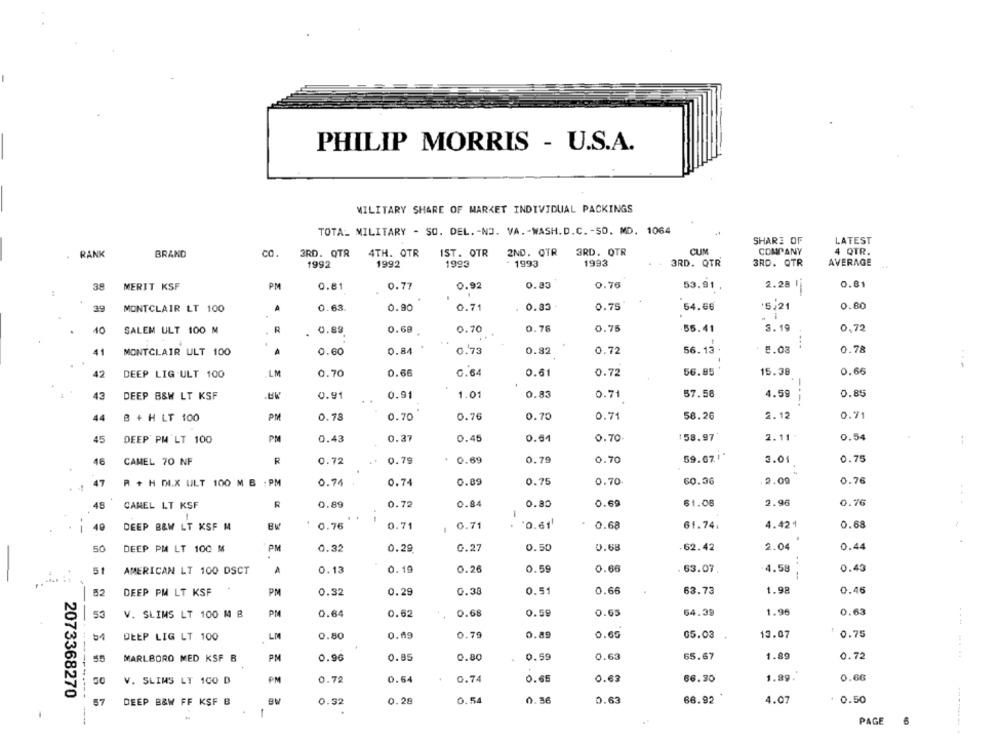
PHILIP MORRIS - U.S.A.
MILITARY SHARE OF MARKET INDIVIDUAL PACKINGS
TOTA_ MILITARY - SO. DEL. - NO. VA .- WASH.D.C. - SO. MD. 1064
SHARE OF
LATEST
3RD. QTR
4TH. OTR
IST. OTR
2ND. OTR
3RD. QTR
CUM
COMPANY
4 QTR.
RANK
BRAND
1992
1992
1993
1993
1993
3RD. QTR
3RD. QTR
AVERAGE
0.81
38
MERIT KSF
PM
0.81
0.77
0.92
0.83
0.76
53.91
2.28
0.80
39
MONTCLAIR LT 100
A
0.63
0.90
0.71
0.83
0.75
54.66
'5,21
3.19
10
SALEM ULT 100 M
R
. 0.83
0.60
0.70
0.76
0.75
55.41
0,72
0.78
41
MONTCLAIR ULT 100
0.60
0.84
0.73
0.82
0.72
56.13
5.03
42
LM
56.85
15.38
0.66
DEEP LIG ULT 100
0.70
0.66
0.64
0.61
0.72
42
1.01
57.56
0.85
DEEP B&W LT KSF
0.91
0.91
0.83
0.71
4.59
----
PM
0.76
0.70
0.71
58.26
2.12
0.71
14
B + H LT 100
0.78
0.70
45
PS
0.37
0.45
0.64
0.70
158.97
2.11
0.54
DEEP PM'LT 100
0.43
--
16
CAMEL 70 NF
R
0.72
0.79
0.69
0.79
0.70
59.67 **
3.01
0.75
R + H DLX ULT 100 M B : PM
0.74
0.74
0.89
0.75
0.70
60.36
.2.09
0.76
47
48
CANEL LT KSF
0.89
0.72
0.84
0.80
0.69
61.08
2.96
0.76
49
DEEP B&W LT KSF M
: 0.76
0.71
1 0.71
'0.61'
0.68
61.74.
4.421
0.68
50
DEEP PM LT 100 M
PM
0.32
0.29
0.27
0.50
0.68
.62.42
2.04
0.44
-
AMERICAN LT 100 DSCT
A
0.13
0.19
0.26
0.59
0.66
63.07.
4.58
0.49
DEEP PM LT KSF
PM
0.32
0.29
0.38
0.51
0.66
63.73
1.98
0.46
53
V. SLIMS LT 100 M B
PM
0.64
0.62
0.68
0.59
0.65
64.39
1.96
0.63
DEEP LIG LT 100
LM
0.80
0.69
0.79
0.89
0.65
05.03
13.07
0.75
55
MARLBORO MED KSF B
PM
0.96
0.85
0.80
0.59
0.63
65.67
1.89
0.72
50
V. SLIMS LT 100 D
PM
0.72
0.64
0.74
0.65
0.63
66.30
1.99.
0.66
2073368270
DEEP B&W FF KSF B
0.32
0.28
0.54
0.36
0.63
66.92
4.07
0.50
1
PAGE